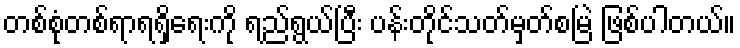
တစ်စုံတစ်ရာရရှိရေးကို ရည်ရွယ်ပြီး ပန်းတိုင်သတ်မှတ်စမြဲ ဖြစ်ပါတယ်။